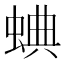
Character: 𧌎